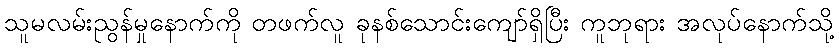
သူမလမ်းညွန်မှုနောက်ကို တဖက်လူ ခုနစ်သောင်းကျော်ရှိပြီး ကူဘုရား အလုပ်နောက်သို့